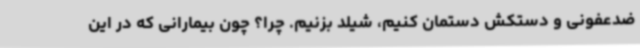
ضدعفونی و دستکش دستمان کنیم، شیلد بزنیم. چرا؟ چون بیمارانی که در این